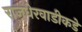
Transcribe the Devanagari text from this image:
राजधेरवाडीकडे